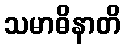
သမာဓိနာတိ